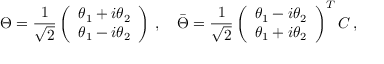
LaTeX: \Theta = \frac { 1 } { \sqrt { 2 } } \left( \begin{array} { l } { { \theta _ { 1 } + i \theta _ { 2 } } } \\ { { \theta _ { 1 } - i \theta _ { 2 } } } \end{array} \right) \, , \quad \bar { \Theta } = \frac { 1 } { \sqrt { 2 } } \left( \begin{array} { l } { { \theta _ { 1 } - i \theta _ { 2 } } } \\ { { \theta _ { 1 } + i \theta _ { 2 } } } \end{array} \right) ^ { T } { \cal C } \, ,